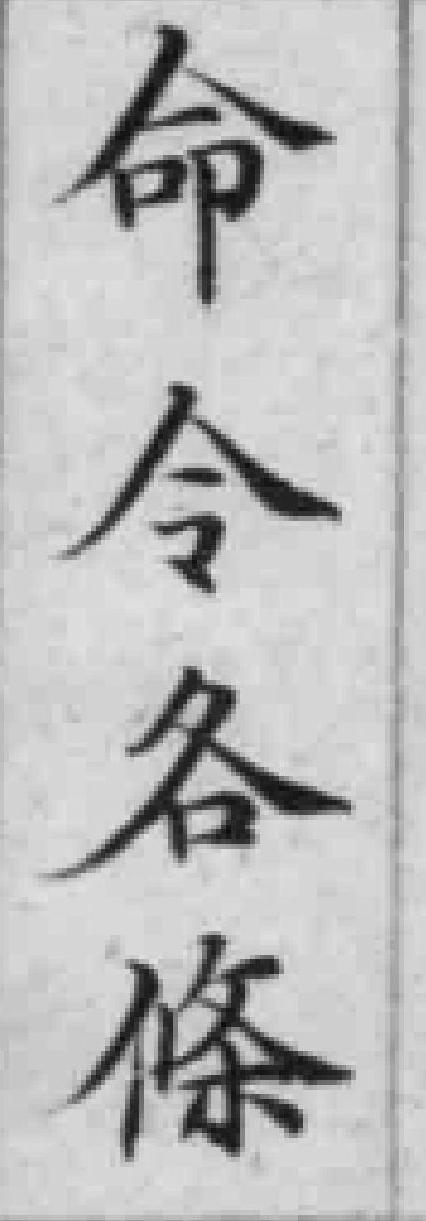
命今各條